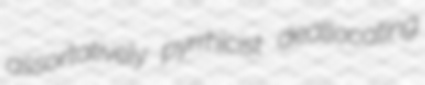
assortatively pyrrhicist deallocating